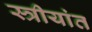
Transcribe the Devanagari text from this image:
स्त्रीयांत